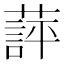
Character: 𬞖